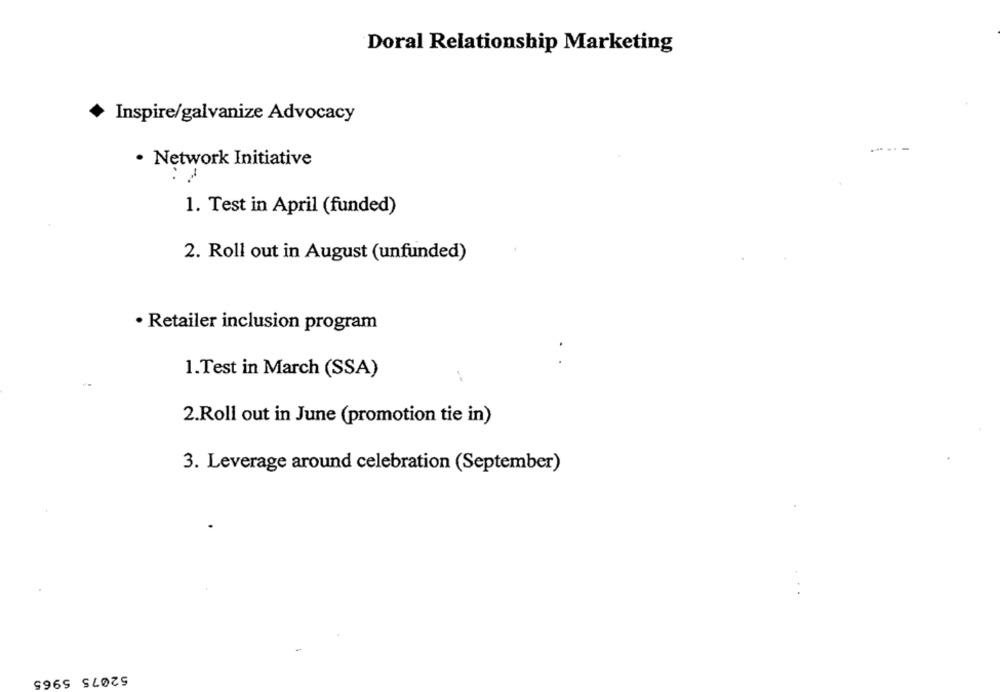
Doral Relationship Marketing
Inspire/galvanize Advocacy
----- -
· Network Initiative
1. Test in April (funded)
2. Roll out in August (unfunded)
· Retailer inclusion program
1.Test in March (SSA)
2.Roll out in June (promotion tie in)
3. Leverage around celebration (September)
52075 5965